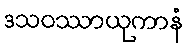
ဒသဝဿာယုကာနံ